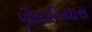
પૌસાનિયાસ